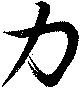
力